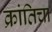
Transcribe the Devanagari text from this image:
क्रांतिचा